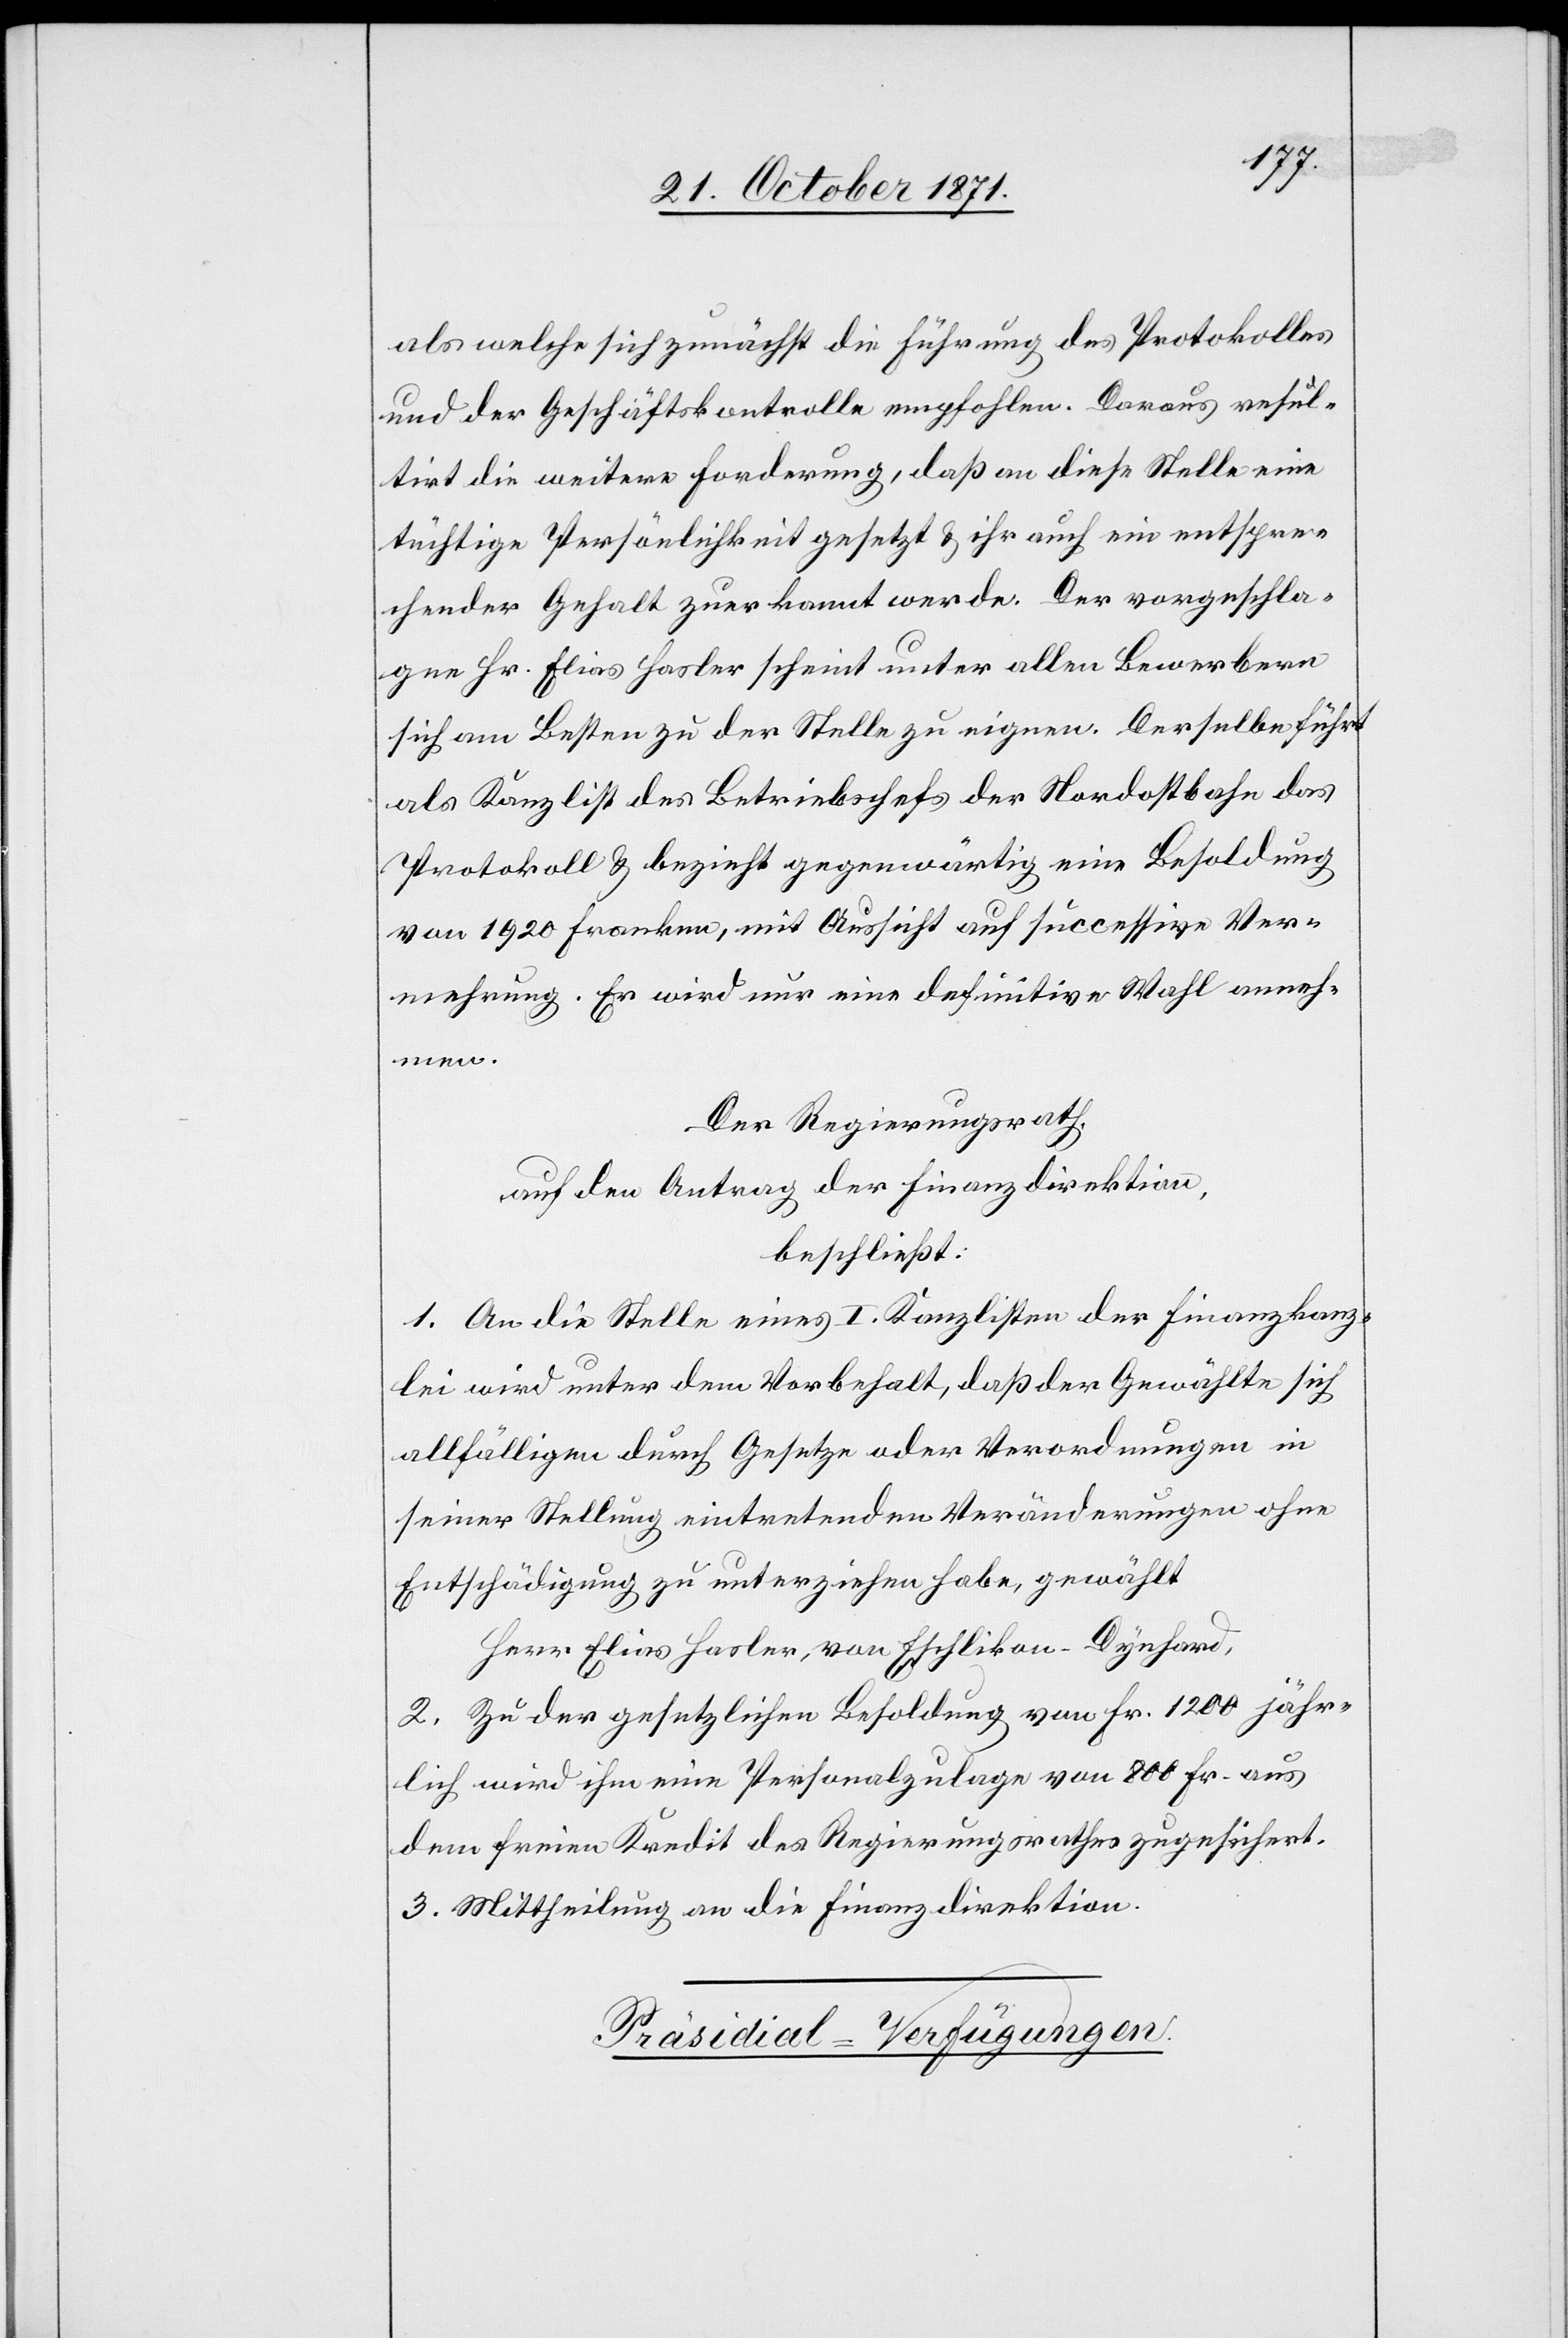
als welche sich zunächst die Führung des Protokolles
und der Geschäftskontrolle empfohlen. Daraus resul¬
tirt die weitere Forderung, daß an diese Stelle eine
tüchtige Persönlichkeit gesetzt & ihr auch ein entspre¬
chender Gehalt zuerkannt werde. Der vorgeschla¬
gene Hr. Elias Basler scheint unter allen Bewerbern
sich am Besten zu der Stelle zu eignen. Derselbe führt
als Kanzlist des Betriebschefs der Nordostbahn das
Protokoll & bezieht gegenwärtig eine Besoldung
von 1920 Franken, mit Aussicht auf successive Ver¬
mehrung. Er wird nur eine definitive Wahl anneh¬
men.
Der Regierungsrath,
auf den Antrag der Finanzdirektion,
beschließt:
1. An die Stelle eines I. Kanzlisten der Finanzkanz¬
lei wird unter dem Vorbehalt, daß der Gewählte sich
allfälligen durch Gesetze oder Verordnungen in
seiner Stellung eintretenden Veränderungen ohne
Entschädigung zu unterziehen habe, gewählt
Herrn Elias Basler, von Eschlikon-Dynhard,
2. Zu der gesetzlichen Besoldung von Fr. 1200 jähr¬
lich wird ihm eine Personalzulage von 800 Fr. aus
dem freien Kredit des Regierungsrathes zugesichert.
3. Mittheilung an die Finanzdirektion.
Präsidial-Verfügungen.